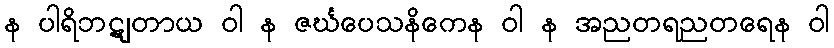
န ပါရိဘဋျတာယ ဝါ န ဇင်္ဃပေသနိကေန ဝါ န အညတရညတရေန ဝါ